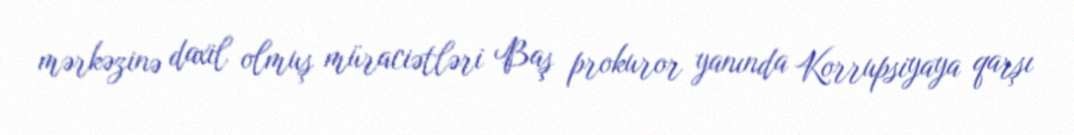
mərkəzinə daxil olmuş müraciətləri Baş prokuror yanında Korrupsiyaya qarşı